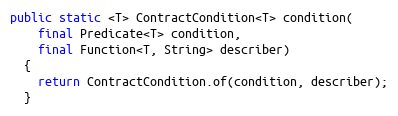
Language: Java
public static <T> ContractCondition<T> condition(
    final Predicate<T> condition,
    final Function<T, String> describer)
  {
    return ContractCondition.of(condition, describer);
  }